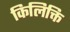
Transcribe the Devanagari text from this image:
किलिक्ति